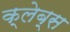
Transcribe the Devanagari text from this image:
क्लेब्स